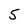
Character: 5